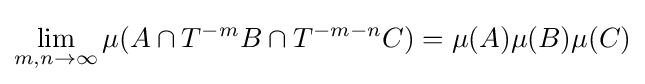
\lim _{m,n\to \infty }\mu (A\cap T^{-m}B\cap T^{-m-n}C)=\mu (A)\mu (B)\mu (C)